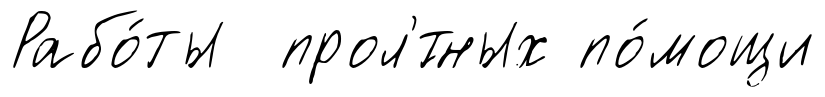
Рабо́ты прол'́тных по́мощи